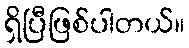
ရှိပြီဖြစ်ပါတယ်။